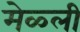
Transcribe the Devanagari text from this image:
मेळ्ली